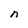
Character: n